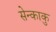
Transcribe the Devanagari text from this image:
सेन्काकु